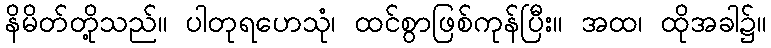
နိမိတ်တို့သည်။ ပါတုရဟေသုံ၊ ထင်စွာဖြစ်ကုန်ပြီး။ အထ၊ ထိုအခါ၌။